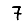
Digit: 7